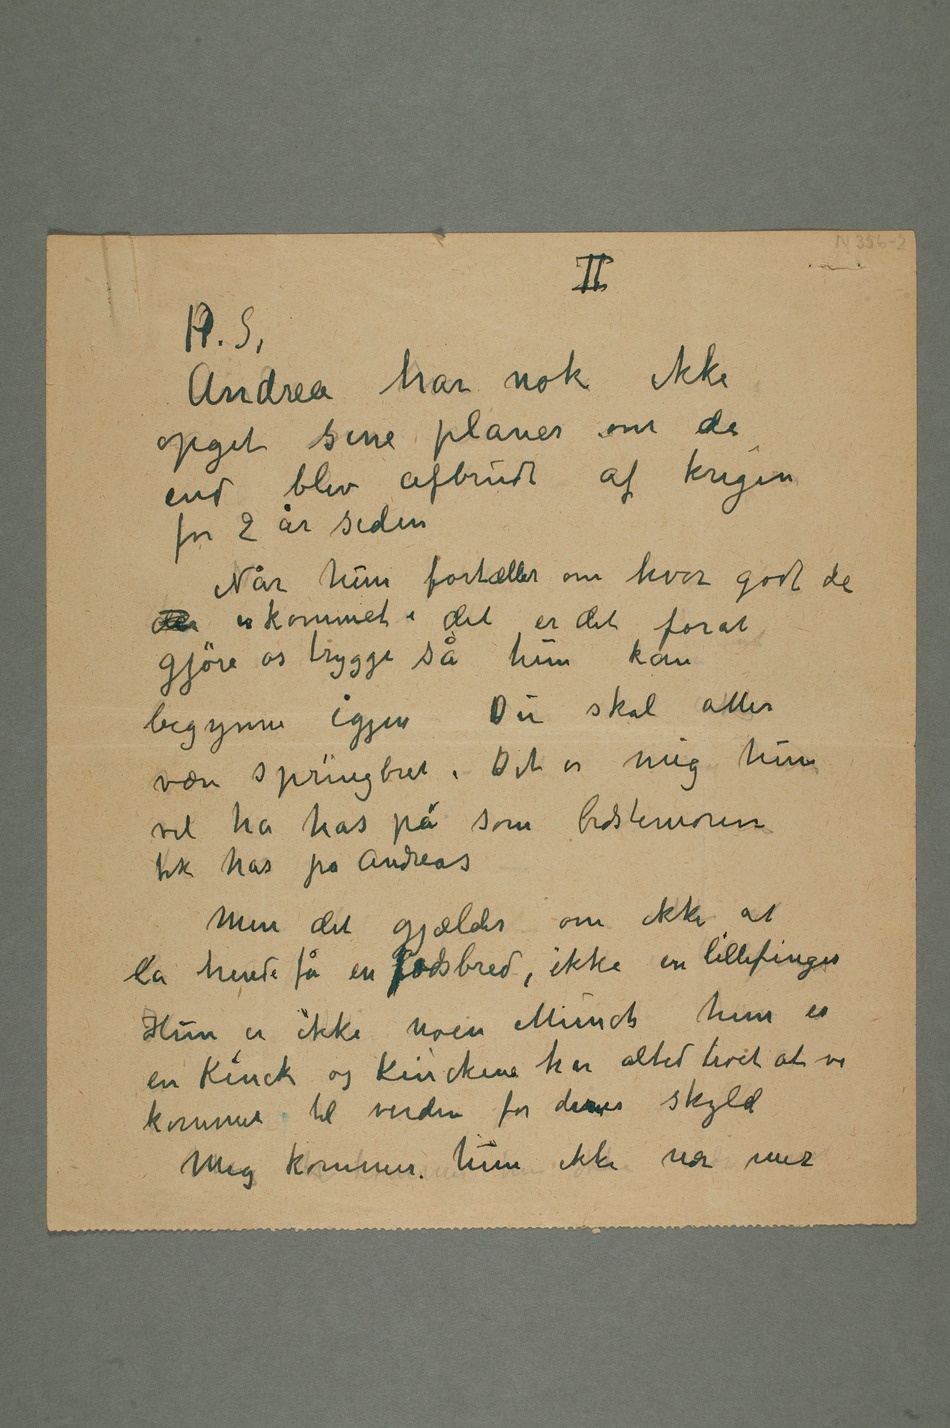
Andrea har nok ikke
opgit sine planer om de
end blev afbrudt af krigen
for 2 år siden
Når hun fortæller om hvor godt de
der er kommet i det er det forat
gjøre os trygge så hun kan
begynne igjenDu skal atter
være springbret. Det er mig hun
vil ha has på som bestemoren
fik has på Andreas
Men det gjælder om ikke at
la hende få en fodsbred, ikke en lillefinger
Hun er ikke noen Munch hun er
en Kinck og Kinckene har altid troet at vi
kommet til verden for deres skyld
Mig kommer hun ikke nær mer